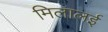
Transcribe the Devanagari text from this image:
मिलालई